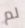
لم